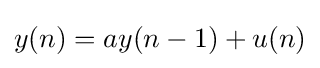
y(n)=ay(n-1)+u(n)